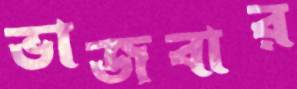
ভাজবার